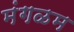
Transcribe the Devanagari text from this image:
मंगळम